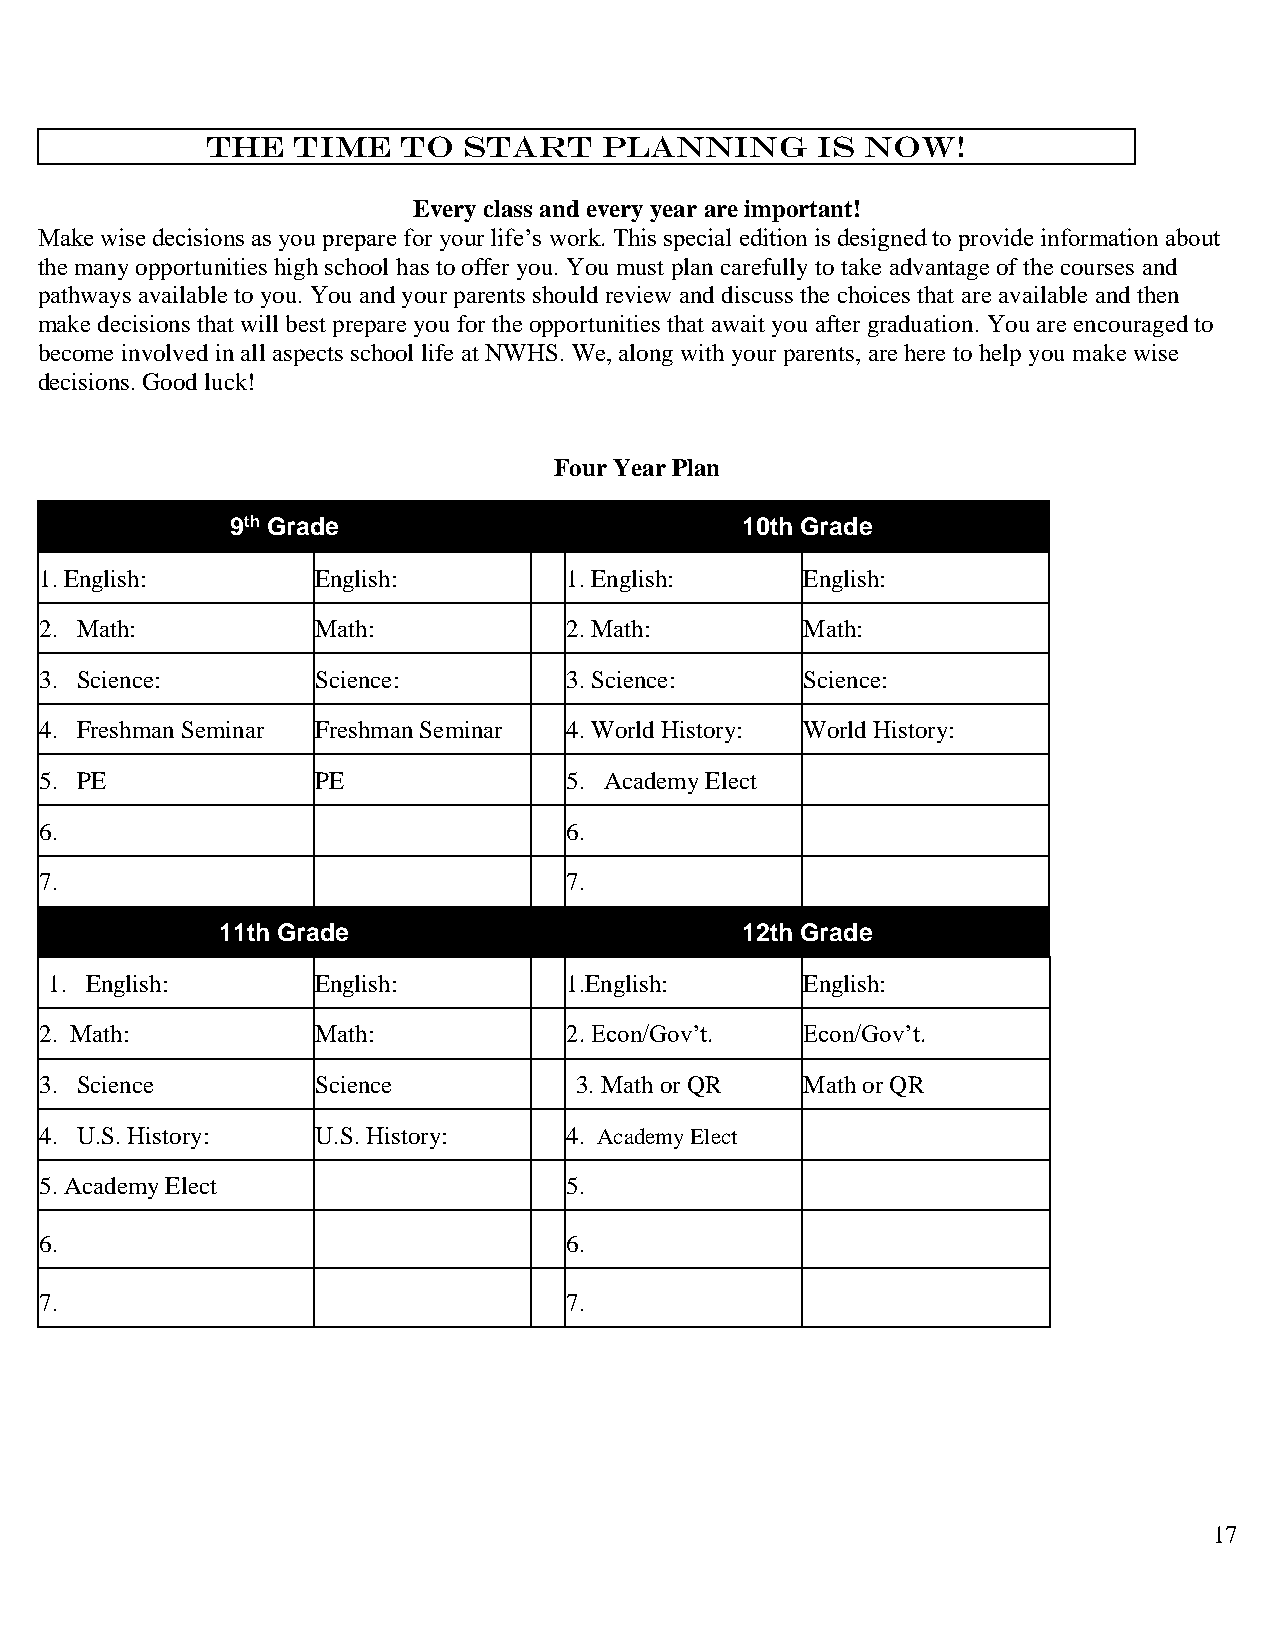
The  time    to  start    planning      is now!
 Every class and every year are important!
 Make wise decisions as you prepare for your life’s work. This special edition is designed to provide information about
 the many opportunities high school has to offer you. You must plan carefully to take advantage of the courses and
 pathways available to you. You and your parents should review and discuss the choices that are available and then
 make decisions that will best prepare you for the opportunities that await you after graduation. You are encouraged to
 become involved in all aspects school life at NWHS. We, along with your parents, are here to help you make wise
 decisions. Good luck!
 Four Year Plan
 9th Grade                         10th Grade
 1. English:       English:        1. English:     English:
 2. Math:          Math:           2. Math:        Math:
 3. Science:       Science:        3. Science:     Science:
 4. Freshman Seminar Freshman Seminar 4. World History: World History:
 5. PE             PE              5. Academy Elect
 6.                                6.
 7.                                7.
 11th Grade                         12th Grade
 1. English:       English:        1.English:      English:
 2. Math:          Math:           2. Econ/Gov’t.  Econ/Gov’t.
 3. Science        Science          3. Math or QR  Math or QR
 4. U.S. History:  U.S. History:   4. Academy Elect
 5. Academy Elect                  5.
 6.                                6.
 7.                                7.
 17